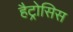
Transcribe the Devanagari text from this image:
हैट्रोसिस